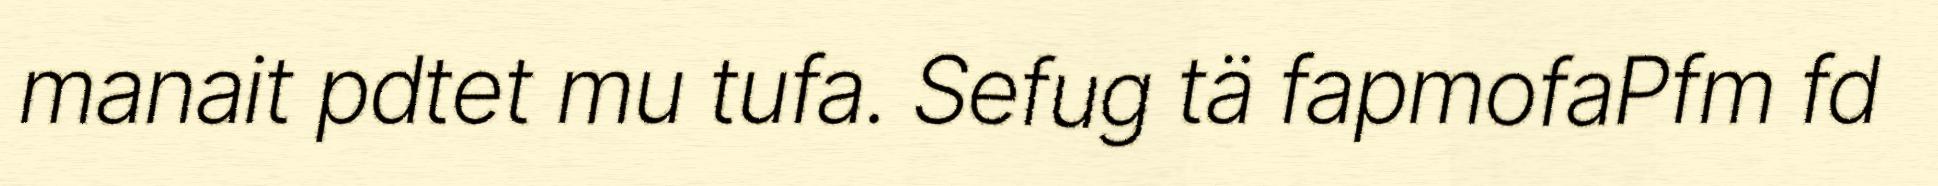
manait pdtet mu tufa. Sefug tä fapmofaPfm fd